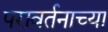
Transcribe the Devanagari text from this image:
परावर्तनाच्या